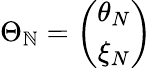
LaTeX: \Theta_{\mathbb{N}}=\left(\begin{array}{c}{{\theta_{N}}}\\ {{\xi_{N}}}\end{array}\right)